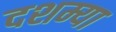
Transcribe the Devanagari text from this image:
दशम्या